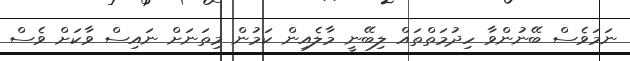
ނަމަވެސް ބޭނުންވާ ހިދުމަތްތައް ލިބޭނީ މާލެއިން ކަމުން މިތަނަށް ނައިސް ވާކަށް ވެސް